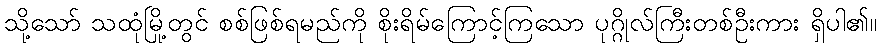
သို့သော် သထုံမြို့တွင် စစ်ဖြစ်ရမည်ကို စိုးရိမ်ကြောင့်ကြသော ပုဂ္ဂိုလ်ကြီးတစ်ဦးကား ရှိပါ၏။